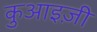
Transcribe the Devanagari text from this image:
कुआइज़ी